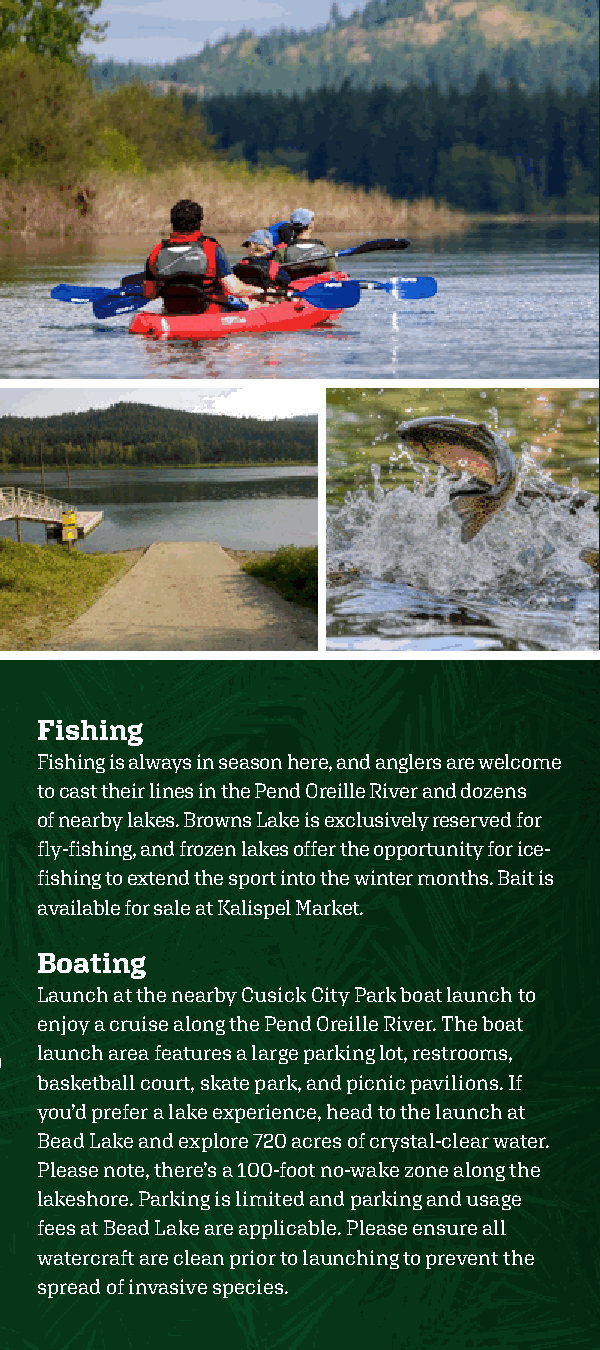
Fishing
 Fishing is always in season here, and anglers are welcome
 to cast their lines in the Pend Oreille River and dozens
 of nearby lakes. Browns Lake is exclusively reserved for
 fly-fishing, and frozen lakes offer the opportunity for ice-
 fishing to extend the sport into the winter months. Bait is
 available for sale at Kalispel Market.
 Boating
 Launch at the nearby Cusick City Park boat launch to
 enjoy a cruise along the Pend Oreille River. The boat
 launch area features a large parking lot, restrooms,
 basketball court, skate park, and picnic pavilions. If
 you’d prefer a lake experience, head to the launch at
 Bead Lake and explore 720 acres of crystal-clear water.
 Please note, there’s a 100-foot no-wake zone along the
 lakeshore. Parking is limited and parking and usage
 fees at Bead Lake are applicable. Please ensure all
 watercraft are clean prior to launching to prevent the
 spread of invasive species.